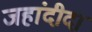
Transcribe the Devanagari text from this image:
जहांदीदा